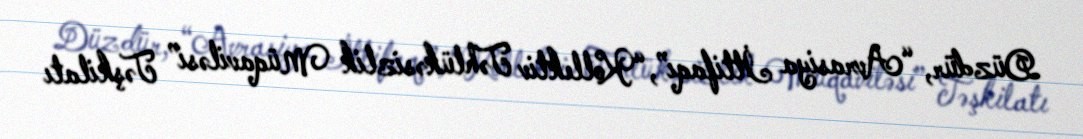
Düzdür, “Avrasiya İttifaqı”, “Kollektiv Təhlükəsizlik Müqaviləsi” Təşkilatı